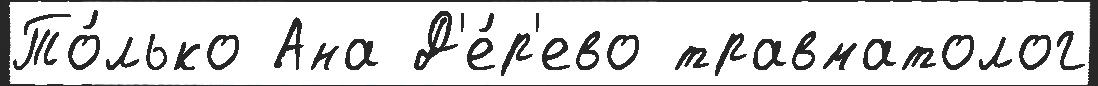
То́лько Ана Д'е́р'ево травматолог